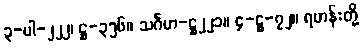
၃-ပါ-၂၂၂၊ ဋ္ဌ-၃၅၆။ သင်္ဂဟ-ဋ္ဌ၂၂၁။ ၄-ဋ္ဌ-၇၂။ ရဟန်းတို့